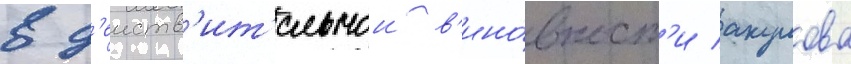
в д'еиств'ит'ельнои в'ино́вност'и акулова